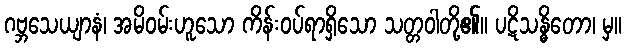
ဂဗ္ဘသေယျာနံ၊ အမိဝမ်းဟူသော ကိန်းဝပ်ရာရှိသော သတ္တဝါတို့၏။ ပဋိသန္ဓိတော၊ မှ။